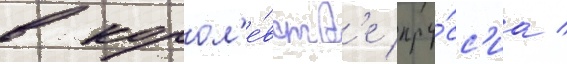
в корол'е́вств'е пру́сс'иа /